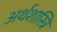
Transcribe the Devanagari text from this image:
अर्थशास्त्रि